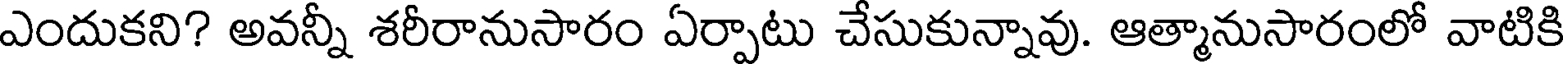
ఎందుకని? అవన్నీ శరీరానుసారం ఏర్పాటు చేసుకున్నావు. ఆత్మానుసారంలో వాటికి